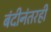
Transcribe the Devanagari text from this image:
बंदीनंतरही